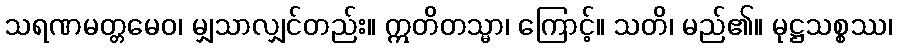
သရဏမတ္တမေဝ၊ မျှသာလျှင်တည်း။ ဣတိတသ္မာ၊ ကြောင့်။ သတိ၊ မည်၏။ မုဋ္ဌသစ္စဿ၊